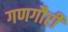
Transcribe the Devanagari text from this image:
गणगौरी